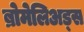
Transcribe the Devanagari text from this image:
ब्रोमेलिअड्स